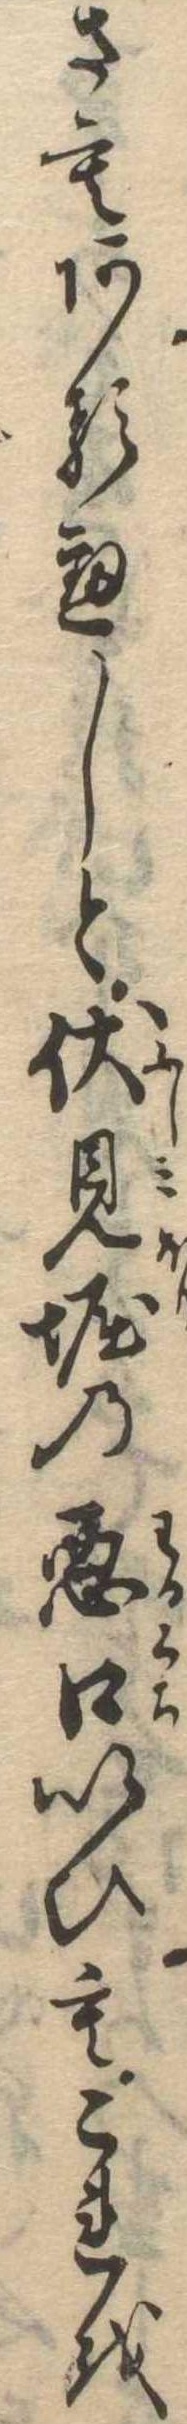
さもあるへしと伏見堀の悪口いひもこれを